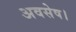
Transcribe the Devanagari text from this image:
अवसेष।